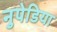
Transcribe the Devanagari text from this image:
नुपेडिया